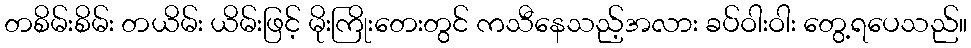
တစိမ်းစိမ်း တယိမ်း ယိမ်းဖြင့် မိုးကြိုးတေးတွင် ကသီနေသည့်အလား ခပ်ဝါးဝါး တွေ့ရပေသည်။